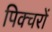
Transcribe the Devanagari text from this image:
पिक्चरों